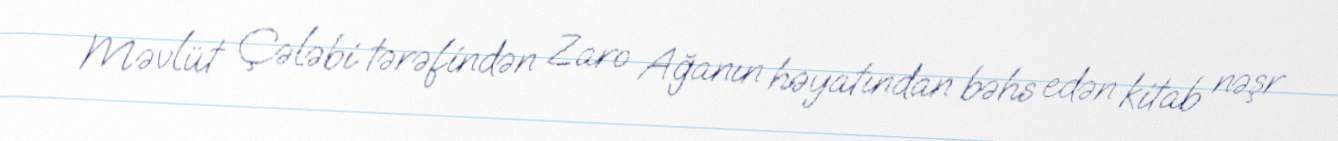
Məvlüt Çələbi tərəfindən Zaro Ağanın həyatından bəhs edən kitab nəşr